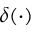
\delta ( \cdot )